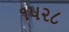
૧૫૨૮